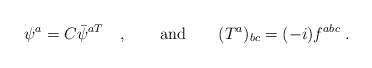
\begin{align*}\psi^a = C \bar{\psi}^{aT} \quad , \qquad \mbox{and} \qquad (T^a)_{bc} = (-i) f^{abc} \; .\end{align*}